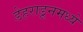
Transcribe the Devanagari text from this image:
डेहराडूनमध्ये